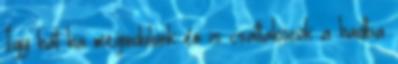
Így hát ha megindulunk én is csatlakozok a hadba